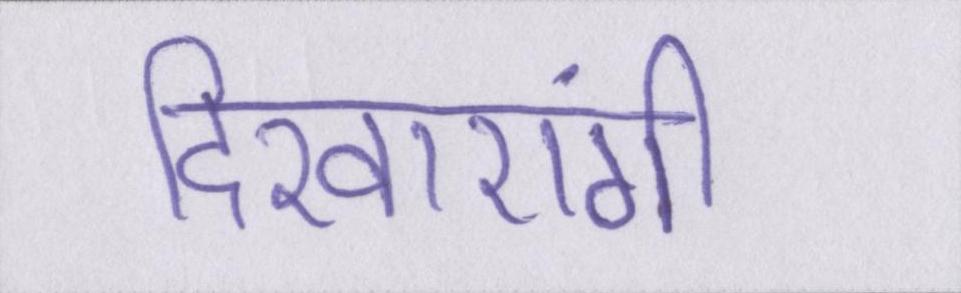
दिखाएंगी